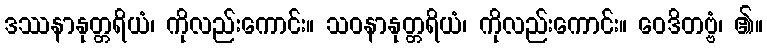
ဒဿနာနုတ္တရိယံ၊ ကိုလည်းကောင်း။ သဝနာနုတ္တရိယံ၊ ကိုလည်းကောင်း။ ဝေဒိတဗ္ဗံ၊ ၏။